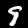
Digit: 9